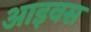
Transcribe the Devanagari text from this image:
आइवस